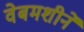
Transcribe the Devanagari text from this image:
वेबमशीने